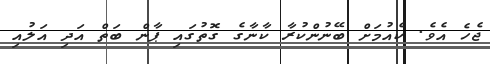
ޖެހެ އެވެ. ކެއުމަށް ބޭނުންކުރާ ކާނާގެ ގޮތުގައި ޕާން ބަތް އަދި އަލުއި